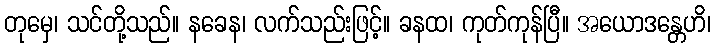
တုမှေ၊ သင်တို့သည်။ နခေန၊ လက်သည်းဖြင့်။ ခနထ၊ ကုတ်ကုန်ပြီ။ အယောဒန္တေဟိ၊